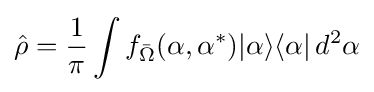
{\hat {\rho }}={\frac {1}{\pi }}\int f_{\bar {\Omega }}(\alpha ,\alpha ^{*})|\alpha \rangle \langle \alpha |\,d^{2}\alpha